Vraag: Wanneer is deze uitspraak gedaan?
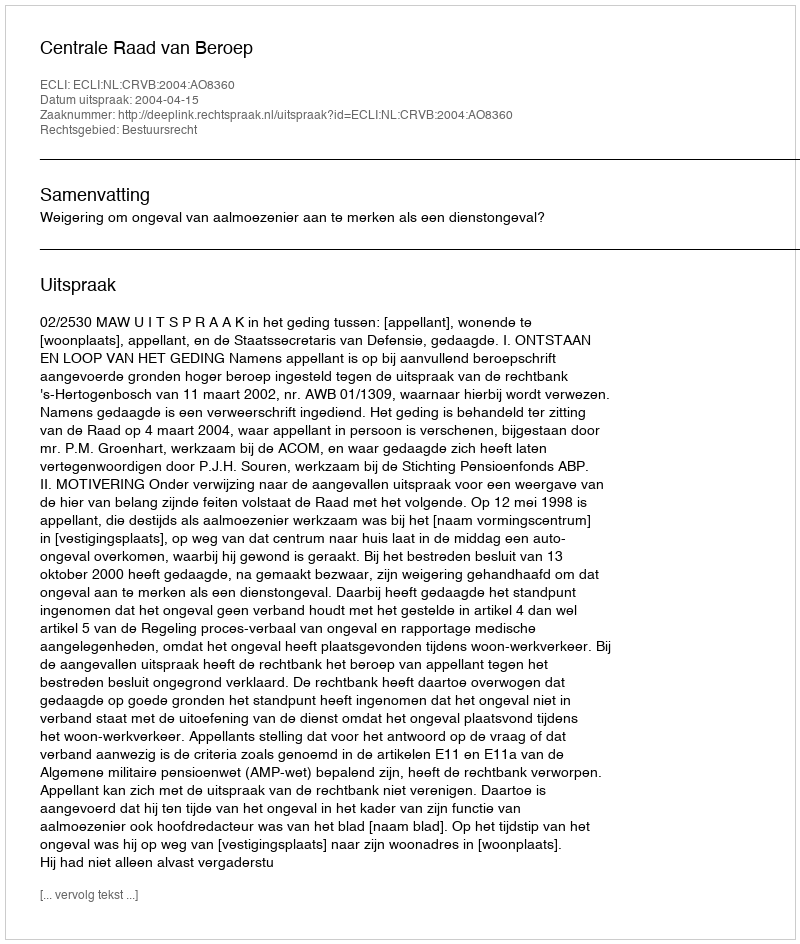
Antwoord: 2004-04-15